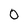
Character: 0